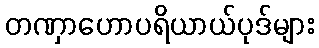
တဏှာဟောပရိယာယ်ပုဒ်များ